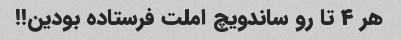
هر ۴ تا رو ساندویچ املت فرستاده بودین!!